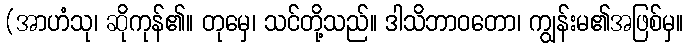
(အာဟံသု၊ ဆိုကုန်၏။ တုမှေ၊ သင်တို့သည်။ ဒါသိဘာဝတော၊ ကျွန်းမ၏အဖြစ်မှ။